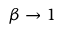
\beta \to 1